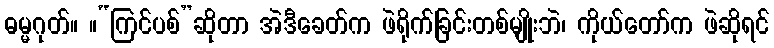
ဓမ္မဂုတ်။ ။“ကြင်ပစ်”ဆိုတာ အဲဒီခေတ်က ဖဲရိုက်ခြင်းတစ်မျိုးဘဲ၊ ကိုယ်တော်က ဖဲဆိုရင်